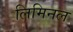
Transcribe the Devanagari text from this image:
लिमिनल